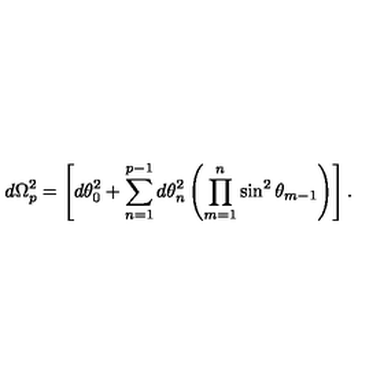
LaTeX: d \Omega _ { p } ^ { 2 } = \left[ d \theta _ { 0 } ^ { 2 } + \sum _ { n = 1 } ^ { p - 1 } d \theta _ { n } ^ { 2 } \left( \prod _ { m = 1 } ^ { n } \sin ^ { 2 } \theta _ { m - 1 } \right) \right] .